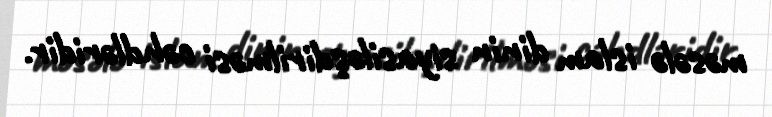
məsələ islam dinin siyasiləşdirilməsi cəhdləridir.